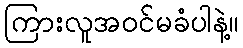
ကြားလူအဝင်မခံပါနဲ့။